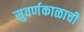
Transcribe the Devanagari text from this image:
सुवर्णकाळाची